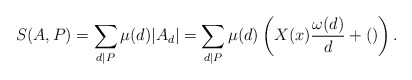
\begin{align*} S(A,P) = \sum_{d \mid P}\mu(d)|A_d| = \sum_{d \mid P} \mu(d) \left( X(x)\frac{\omega(d)}{d} + () \right). \end{align*}